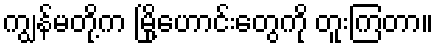
ကျွန်မတို့က မြို့ဟောင်းတွေကို တူးကြတာ။